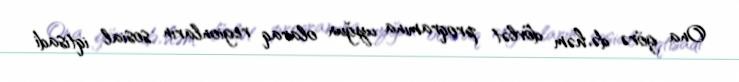
Ona görə də, həm dövlət proqramına uyğun olaraq regionların sosial iqtisadi